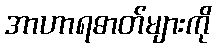
အာဟာရဓာတ်များကို